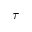
\tau